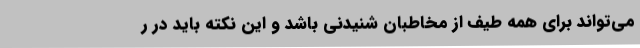
می‌تواند برای همه طیف از مخاطبان شنیدنی باشد و این نکته باید در ر